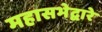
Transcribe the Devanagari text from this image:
महासभेद्वारे